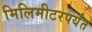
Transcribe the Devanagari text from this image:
मिलिमीटरपर्यंत